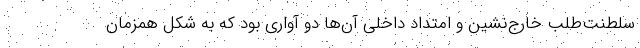
سلطنت‌طلب خارج‌نشین و امتداد داخلی آن‌ها دو آواری بود که به شکل همزمان